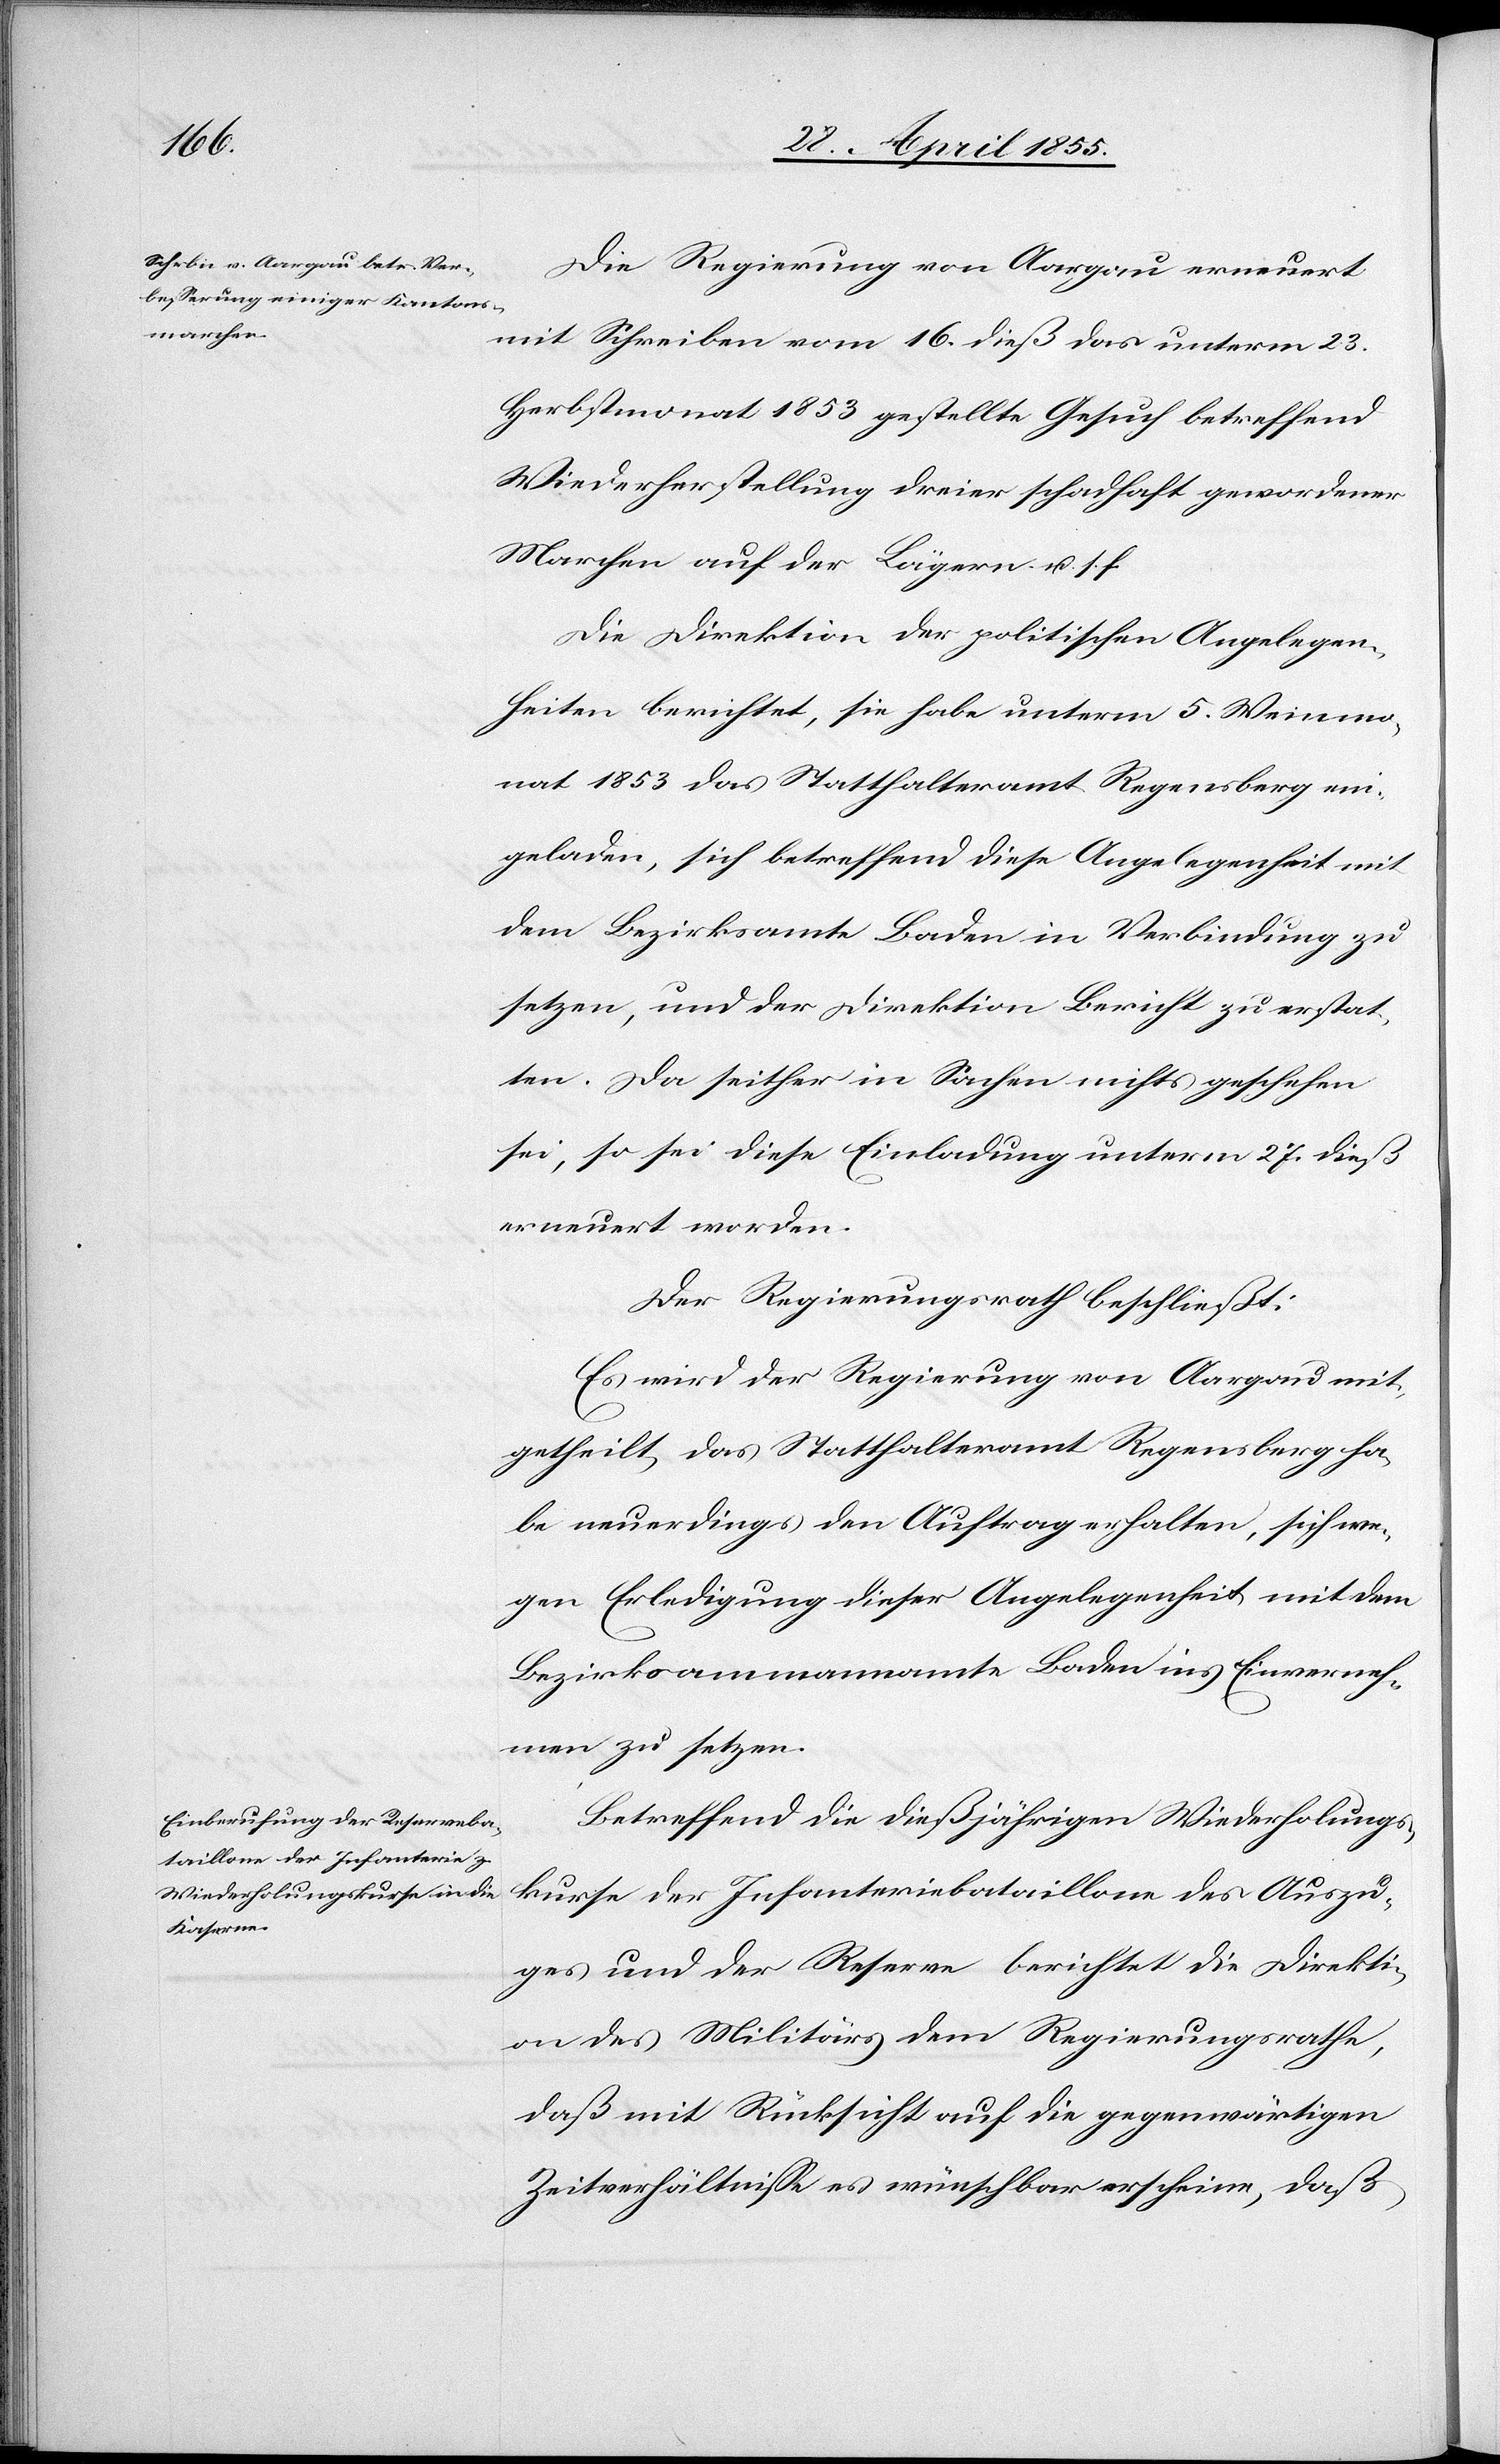
Die Regierung von Aargau erneuert
mit Schreiben vom 16. dieß das unterm 23.
Herbstmonat 1853 gestellte Gesuch betreffend
Wiederherstellung dreier schadhaft gewordener
Marchen auf der Lägern u. s. f.
Die Direktion der politischen Angelegen¬
heiten berichtet, sie habe unterm 5. Weinmo¬
nat 1853 das Statthalteramt Regensberg ein¬
geladen, sich betreffend diese Angelegenheit mit
dem Bezirksamte Baden in Verbindung zu
setzen, und der Direktion Bericht zu erstat¬
ten. Da seither in Sachen nichts geschehen
sei, so sei diese Einladung unterm 27. dieß
erneuert worden.
Der Regierungsrath beschließt:
Es wird der Regierung von Aargau mit¬
getheilt, das Statthalteramt Regensberg ha¬
be neuerdings den Auftrag erhalten, sich we¬
gen Erledigung dieser Angelegenheit mit dem
Bezirksammannamte Baden ins Einverneh¬
men zu setzen.
Betreffend die dießjährigen Wiederholungs¬
kurse der Infanteriebataillone des Auszu¬
ges und der Reserve berichtet die Direkti¬
on des Militärs dem Regierungsrathe,
daß mit Rücksicht auf die gegenwärtigen
Zeitverhältnisse es wünschbar erscheine, daß